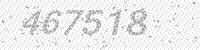
Solution: 467518